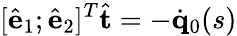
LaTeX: [\hat{\mathbf e}_{1};\hat{\mathbf e}_{2}]^{T}\hat{\mathbf t}=-\dot{\mathbf q}_{0}(s)